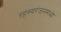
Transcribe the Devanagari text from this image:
रहस्यरंजनमध्ये